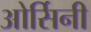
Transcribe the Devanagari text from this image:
ओर्सिनी